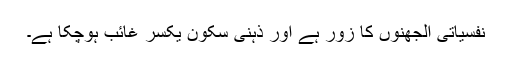
نفسیاتی الجھنوں کا زور ہے اور ذہنی سکون یکسر غائب ہوچکا ہے۔